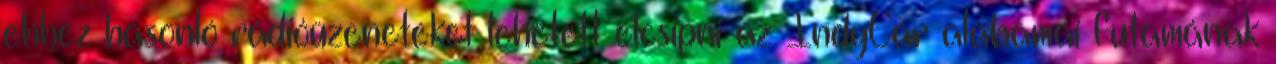
ehhez hasonló rádióüzeneteket lehetett elcsípni az IndyCar alabamai futamának